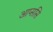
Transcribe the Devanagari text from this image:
आप्ससि